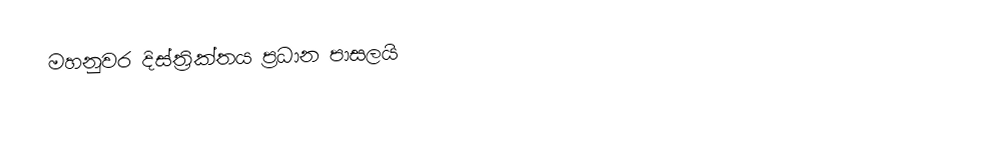
මහනුවර දිස්ත්‍රික්තය ප්‍රධාන පාසලයි